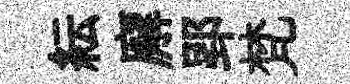
紜廨郢梵